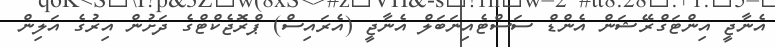
އެނާޖީ އިންޓަގްރޭޝަން އެންޑް ސަސްޓެއިނަބަލް އެނާޖީ (އެރައިސް) ޕްރޮޖެކްޓްގެ ދަށުން އިރުގެ އަލިން